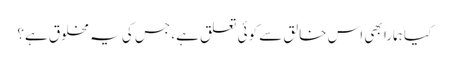
کیا ہمارا بھی اس خالق سے کوئی تعلق ہے، جس کی یہ مخلوق ہے؟